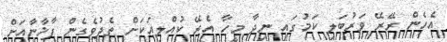
އެހެން ރޭރޭ ވަރުބަލި ކަމުގައި ނިދާ މީހާ އެރޭ ކުއްލިއަކަށް ތެދުވެގެން ފާޚާނާއަށް